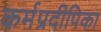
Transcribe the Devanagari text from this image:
कर्मप्रदीपिका